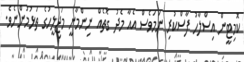
ކޮމިޓީން އިސްލާހު ފާސްކުރި ނަމަވެސް އެއާ މެދު ގޮތެއް ނިންމާނީ މަޖިލީހުގެ ތަޅުމުންނެވެ.